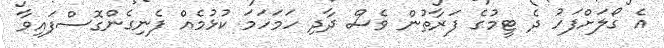
އެ ގޯލަށްފަހު ދެ ޓީމުގެ ފަރާތުން ވެސް ދާދި ހަމަހަމަ ކުޅުމެއް ފެނިގެންގޮސްފައިވާ